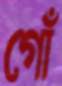
গোঁ